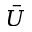
\overbar { U }